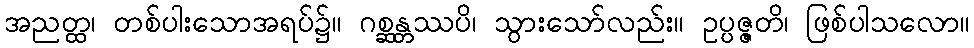
အညတ္ထ၊ တစ်ပါးသောအရပ်၌။ ဂစ္ဆန္တဿပိ၊ သွားသော်လည်း။ ဥပ္ပဇ္ဇတိ၊ ဖြစ်ပါသလော။